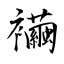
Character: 襺